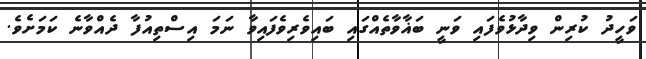
ވަހީދު ކުރިން ވިދާޅުވެފައި ވަނީ ބަޣާވާތެއްގައި ބައިވެރިވެފައިވާ ނަމަ އިސްތިއުފާ ދެއްވާނެ ކަމަށެވެ.